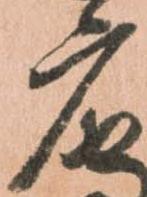
广